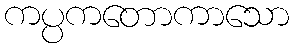
ကပ္ပကတောကာသော